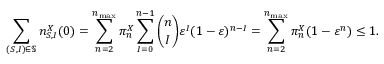
\sum _ { ( S , I ) \in \mathbb { S } } n _ { S , I } ^ { X } ( 0 ) = \sum _ { n = 2 } ^ { n _ { \operatorname* { m a x } } } \pi _ { n } ^ { X } \sum _ { I = 0 } ^ { n - 1 } \binom { n } { I } \varepsilon ^ { I } ( 1 - \varepsilon ) ^ { n - I } = \sum _ { n = 2 } ^ { n _ { \operatorname* { m a x } } } \pi _ { n } ^ { X } ( 1 - \varepsilon ^ { n } ) \leq 1 .